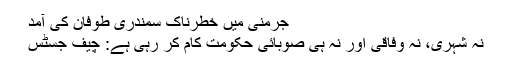
جرمنی میں خطرناک سمندری طوفان کی آمد
نہ شہری، نہ وفاقی اور نہ ہی صوبائی حکومت کام کر رہی ہے: چیف جسٹس